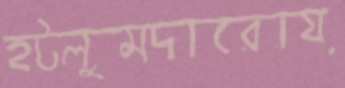
হটলুমদারোয়